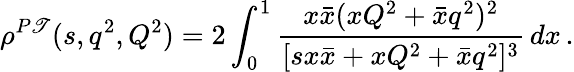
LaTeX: \rho^{P\mathscr{T}}(s,q^{2},Q^{2})=2\int_{0}^{1}\frac{{x\bar{{x}}(xQ^{2}+\bar{{x}}q^{2})^{2}}}{{[s{x}\bar{{x}}+xQ^{2}+\bar{{x}}q^{2}]^{3}}}\, dx\, .